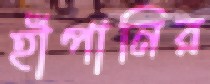
হাঁপানির